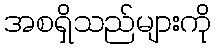
အစရှိသည်များကို